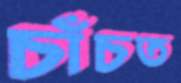
চাঁচত